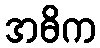
အဓိက